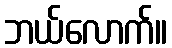
ဘယ်လောက်။